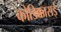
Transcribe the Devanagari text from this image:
कोडिक्काराई